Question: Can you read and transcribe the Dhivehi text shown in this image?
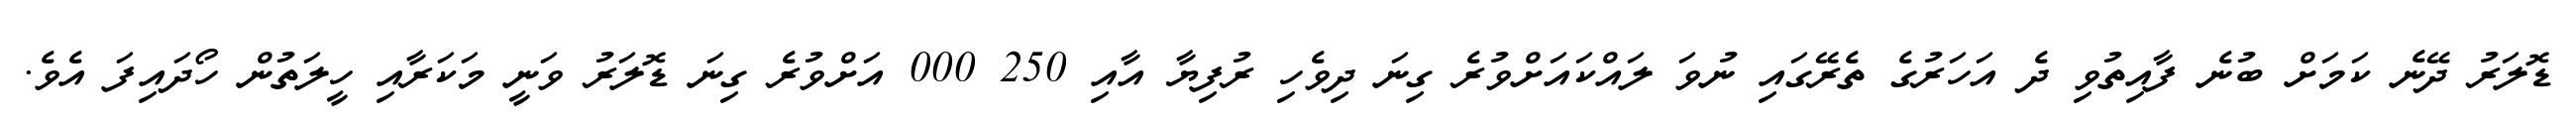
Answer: ޑޮލަރު ދޭނެ ކަމަށް ބުނެ ފާއިތުވި ދެ އަހަރުގެ ތެރޭގައި ނުވަ ލައްކައަށްވުރެ ގިނަ ދިވެހި ރުފިޔާ އާއި 250 000 އަށްވުރެ ގިނަ ޑޮލަރު ވަނީ މަކަރާއި ހީލަތުން ހޯދައިފަ އެވެ.